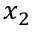
x _ { 2 }